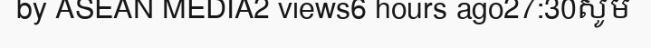
by ASEAN MEDIA2 views6 hours ago27:30សូម